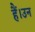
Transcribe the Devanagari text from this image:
हैं।उन